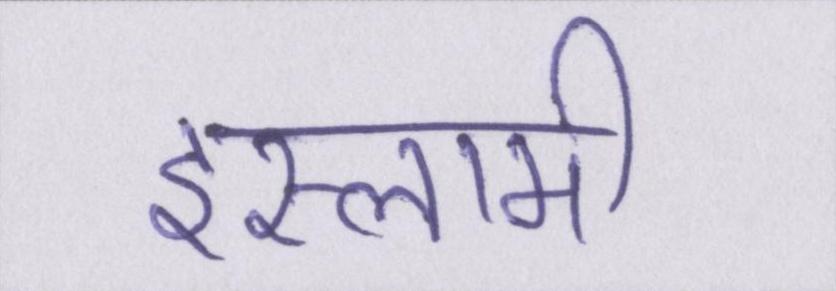
इस्लामी